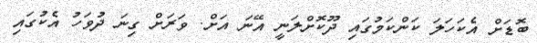
ބޮޑަށް އެކަހަލަ ކަންކަމުގައި ދޫކޮށްލަނީ އޭނަ އަށް. ވަރަށް ގިނަ ދުވަހު އެކުގައި